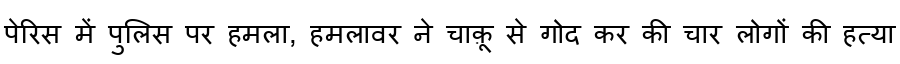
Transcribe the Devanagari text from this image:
पेरिस में पुलिस पर हमला, हमलावर ने चाक़ू से गोद कर की चार लोगों की हत्या